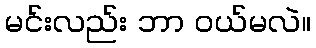
မင်းလည်း ဘာ ဝယ်မလဲ။